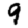
Digit: 9